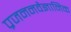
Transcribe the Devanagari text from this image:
प्रजननवैज्ञानिक